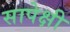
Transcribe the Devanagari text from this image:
सापेक्षी